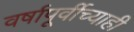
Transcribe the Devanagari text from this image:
वर्षापूर्वीच्याही